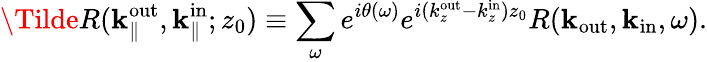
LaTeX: \Tilde{R}(\textbf{k}_{\parallel}^{\mathrm{out}},\textbf{k}_{\parallel}^{\mathrm{in}};z_{0})\equiv\sum_{\omega}e^{i\theta(\omega)}e^{i(k_{z}^{\mathrm{out}}-k_{z}^{\mathrm{in}})z_{0}}R(\textbf{k}_{\mathrm{out}},\textbf{k}_{\mathrm{in}},\omega).